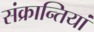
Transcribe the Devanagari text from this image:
संक्रान्तियां